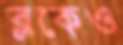
ব্লকেও